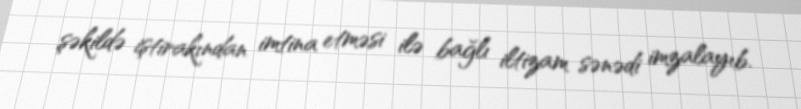
şəkildə iştirakından imtina etməsi ilə bağlı iltizam sənədi imzalayıb.